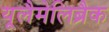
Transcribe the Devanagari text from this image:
यूलैमेलिब्रैक